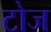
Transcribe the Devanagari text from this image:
टोज